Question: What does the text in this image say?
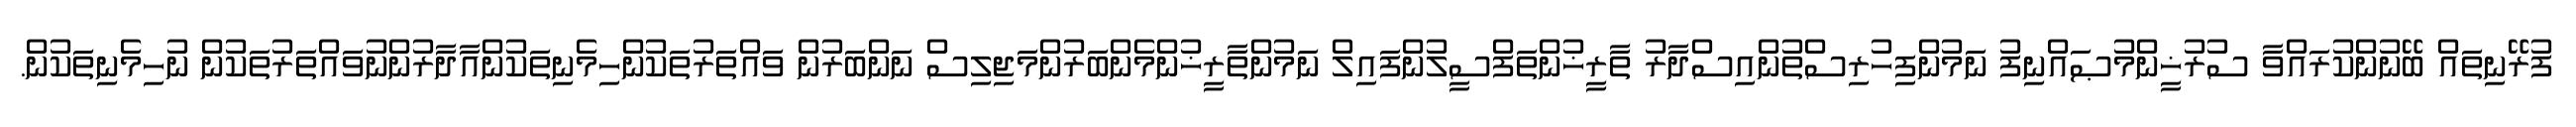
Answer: ފުރޭނިތައް ބޭނުންކުރައްވާ ސުރުޚީންމުޞައްނިފު ނަމުންފިހުރިސްތުންއިސްދާރު ތާރީޚުންތަފްސީލުންފައިލް ނަމުންތާރީޚުންމެންބަރުންމަޖިލިސް ނަންބަރުން ވައްތަރުތަކުންހިމެނިތަކުންއާދާރުންނުވައްތަރުތަކުން ނުހިމެނިތަކުން.